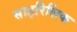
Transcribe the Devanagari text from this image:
साइरिलिक